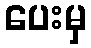
ပေးမှ